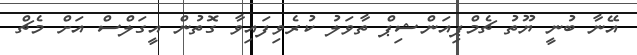
އޭނާ ބުނީ ޔޫތު ޗެމްޕިއަންޝިޕް ތާވަލު ކުރެވިފައިވާ ގޮތުން އީގަލްސް އަށް މެޗް